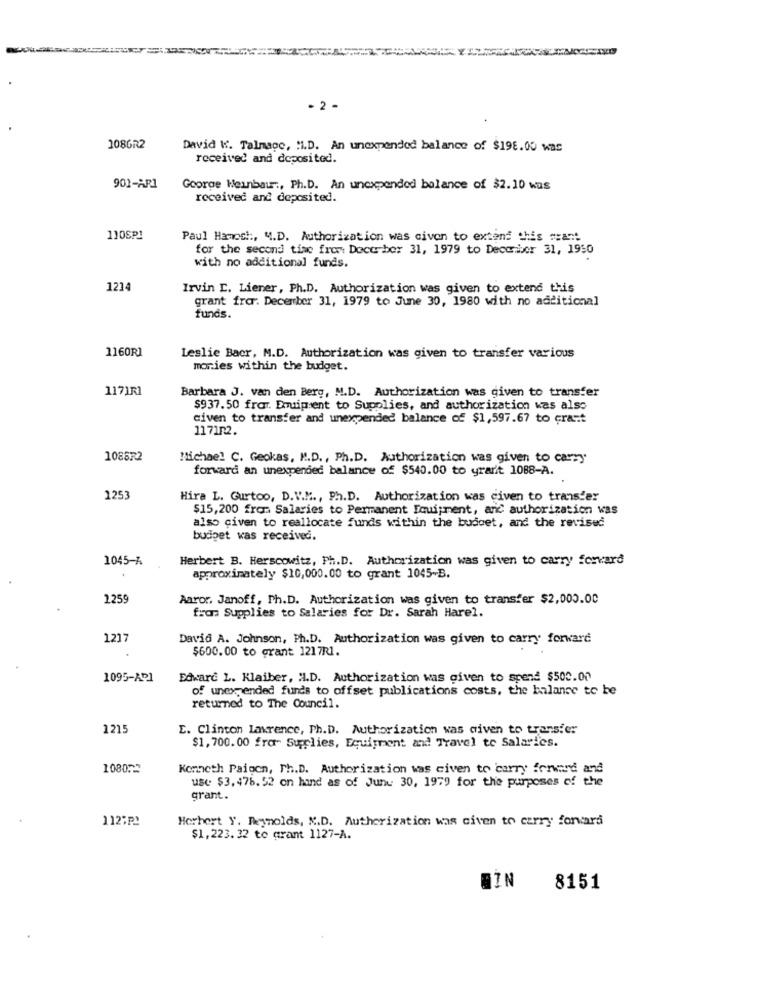
- 2 -
1086R2
David W. Talmage, "i.D. An unexpended balance of $198.00 was
received and deposited.
901-AR1
Goorge Weinbau :, Ph.D. An unexpended balance of $2.10 was
received and deposited.
110SP1
Paul Hamost :, M.D. Authorization was civon to extend this meant
for the second time from Doce ber 31, 1979 to December 31, 1950
with no additional funds.
1214
Irvin [. Liener, Ph.D. Authorization was given to extend this
grant fra. December 31, 1979 to June 30, 1980 with no additional
funds.
1160RI
Leslie Bacr, M.D. Authorization was given to transfer various
monies within the budget.
1171R1
Barbara J. van den Berg, M.D. Authorization was given to transfer
$937.50 frar. Dmuipient to Supplies, and authorization was also
civen to transfer and unexpended balance of $1,597.67 to crast
117102.
1085R2
Michael C. Geokas, M.D ., Ph.D. Authorization was given to carry
forward an unexpended balance of $540.00 to yrarit 1088-A.
1253
Hira L. Gurtoo, D.V.M ., Ph.D. Authorization was civen to transfer
$15,200 from Salaries to Permanent Equipment, and authorization was
also civen to reallocate funds within the budget, and the revised
budget was received.
1045-A
Herbert B. Herscowitz, Ph.D. Authorization was given to carry forvard
approximately $10,000.00 to grant 1045-B.
2259
Aaror. Janoff, Ph.D. Authorization was given to transfer $2,000.00
from: Supplies to Salaries for Dr. Sarah Harel.
1217
David A. Johnson, Ph.D. Authorization was given to carry forward
$600.00 to grant 1217R1.
1095-AP1
Edward L. Klaiber, H.D. Authorization was given to spend $500.00
of unexpended funds to offset publications costs, the balance to be
returned to The Council.
1215
E. Clinton Lawrence, Ph.D. Authorization was given to transfer
$1, 700. 00 fra" Supplies, Equipment and Travel te Salaries.
108073
Kenneth Paigcn, Ph.D. Authorization was civen to carry forward and
use $3,476. 52 on hand as of June 30, 1979 for the purposes of the
grant.
112:₽2
Herbert Y. Reynolds, N.D. Authorization was civen to carry forvard
$1,223.32 to grant 1127-A.
8151